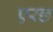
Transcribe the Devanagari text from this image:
एरछ